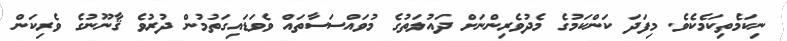
ނިކަމެތިކަމެކެވެ. މިފަދަ ކަންކަމުގެ މެދުވެރިންނަށް ދައުލަތުގެ މުވައްސަސާތައް ވެވަޑައިގަތުމުން ދުރުވެ ޤާނޫނުގެ ވެރިކަން